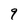
Character: 9